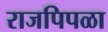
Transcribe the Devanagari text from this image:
राजपिपळा